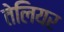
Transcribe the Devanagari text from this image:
तेलियर